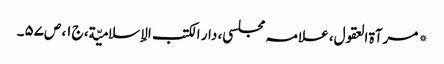
* مرآۃ العقول، علامہ مجلسی، دار الکتب الإسلامیّة، ج۱، ص۵۷۔